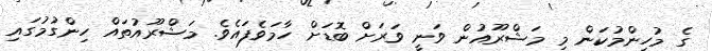
ގެ މުހިންމުކަން މި މަޝްރޫއުން ވަނީ ވަރަށް ބޮޑަށް ހާމަވެފައެވެ. މަޝްރޫއުތައް ހިންގުމުގައި